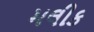
મલીક